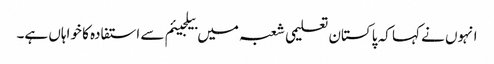
انہوں نے کہا کہ پاکستان تعلیمی شعبہ میں بیلجیئم سے استفادہ کا خواہاں ہے۔